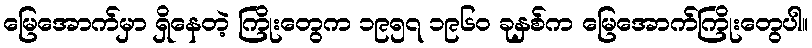
မြေအောက်မှာ ရှိနေတဲ့ ကြိုးတွေက ၁၉၅၇ ၁၉၆၀ ခုနှစ်က မြေအောက်ကြိုးတွေပါ။